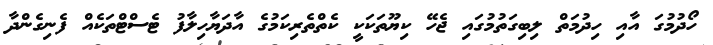
ހޯދުމުގަ އާއި ހިދުމަތް ލިބިގަތުމުގައި ޖެހޭ ކިޔޫތަކަކީ ކެތްތެރިކަމުގެ އާދަޔާހިލާފު ޓެސްޓްތަކެއް ފެނިގެންދާ